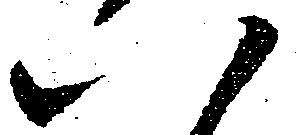
八